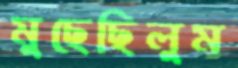
মুছেছিলুম